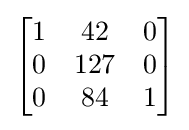
{\begin{bmatrix}1&42&0\\0&127&0\\0&84&1\end{bmatrix}}